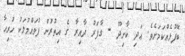
ބޭފުޅެއްކަމަށެވެ. އަދި ކާށިދޫ - ގާފަރު ދާއިރާ ގެ އިތުރުން ފުވައްމުލަކު ހުރިހާ